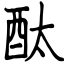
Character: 酞